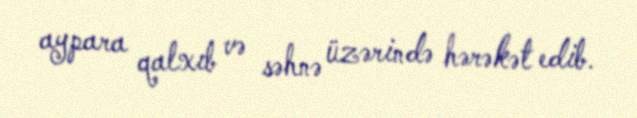
aypara qalxıb və səhnə üzərində hərəkət edib.